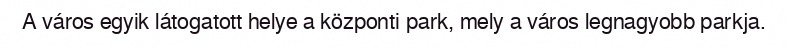
A város egyik látogatott helye a központi park, mely a város legnagyobb parkja.